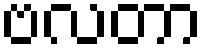
ဗလတာ